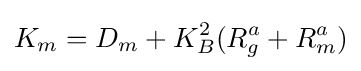
K_{m}=D_{m}+K_{B}^{2}(R_{g}^{a}+R_{m}^{a})